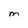
Character: M